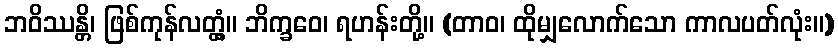
ဘဝိဿန္တိ၊ ဖြစ်ကုန်လတ္တံ့။ ဘိက္ခဝေ၊ ရဟန်းတို့။ (တာဝ၊ ထိုမျှလောက်သော ကာလပတ်လုံး။)